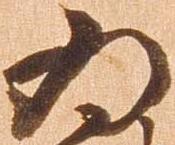
為